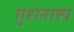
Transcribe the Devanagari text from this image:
गुशनास्प